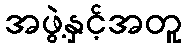
အဖွဲ့နှင့်အတူ